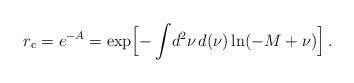
LaTeX: \begin{align*}r_{\rm c} = e^{-A} = \exp\Bigl[ -\int\! d^{2}\nu\, d(\nu) \ln (-M+\nu) \Bigr]\, .\end{align*}